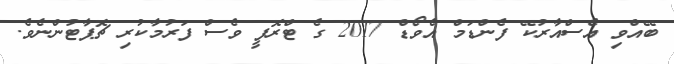
ބޭއްވި އެސްއާރުކޭ ފެންޑަމް އެވޯޑް 2017 ގެ ޓްރޮފީ ވެސް ފަރުމާކުރި ޗޮޕާޓުންނެވެ.